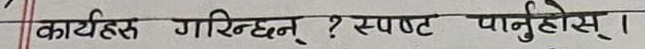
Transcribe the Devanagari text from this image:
कार्यदल गरिन्छन् ? स्पष्ट पार्नुहोस् ।